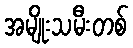
အမျိုးသမီးတစ်